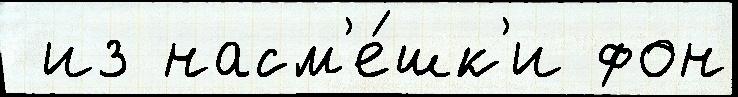
 из насм'е́шк'и фон